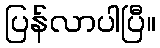
ပြန်လာပါပြီ။